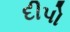
દીપો